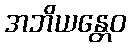
အဘိယန္တေဝ